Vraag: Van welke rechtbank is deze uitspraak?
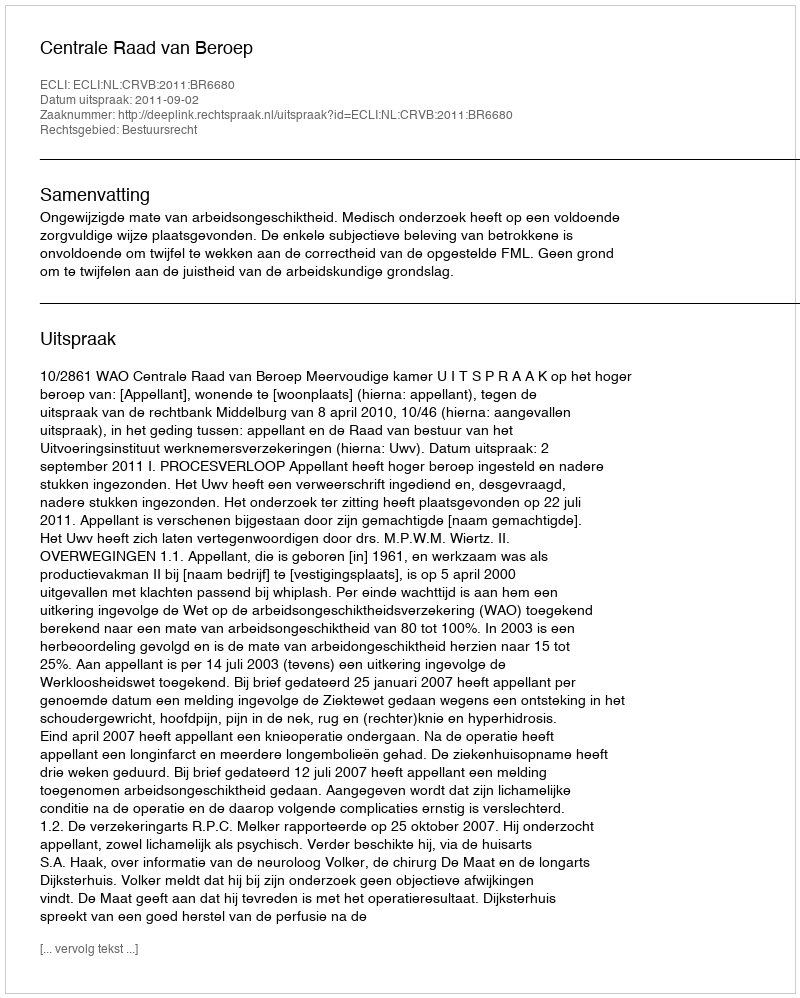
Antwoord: Centrale Raad van Beroep